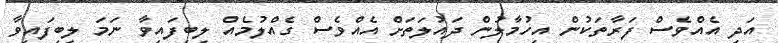
އަދި އެއްވެސް ފަރާތަކުން އިހުމާލުން ދައުލަތަށް އެއްވެސް ގެއްލުމެއް ލިބިފައިވާ ނަމަ ލިބިފައިވާ